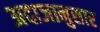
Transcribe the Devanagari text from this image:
अदाजानुसार